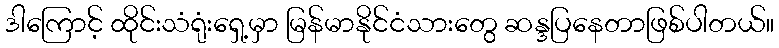
ဒါကြောင့် ထိုင်းသံရုံးရှေ့မှာ မြန်မာနိုင်ငံသားတွေ ဆန္ဒပြနေတာဖြစ်ပါတယ်။